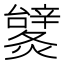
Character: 𨐹